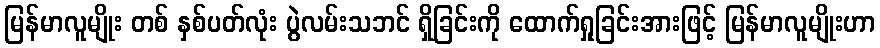
မြန်မာလူမျိုး တစ် နှစ်ပတ်လုံး ပွဲလမ်းသဘင် ရှိခြင်းကို ထောက်ရှုခြင်းအားဖြင့် မြန်မာလူမျိုးဟာ